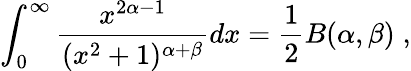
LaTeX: \int_{0}^{\infty}\frac{x^{2\alpha-1}}{(x^{2}+1)^{\alpha+\beta}}dx=\frac{1}{2}B(\alpha,\beta)\; ,